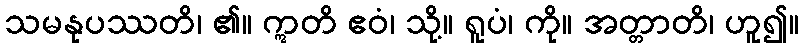
သမနုပဿတိ၊ ၏။ ဣတိ ဧဝံ၊ သို့။ ရူပံ၊ ကို။ အတ္တာတိ၊ ဟူ၍။